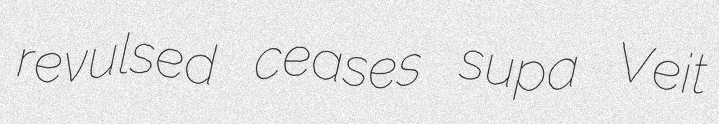
revulsed ceases supa Veit